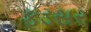
ફડસર